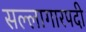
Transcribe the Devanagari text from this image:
सल्लागारपदी